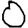
Digit: 0